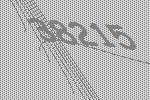
38215